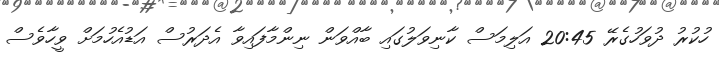
ހުކުރު ދުވަހުގެރޭ 20:45 އަލިމަސް ކާނިވަލުގައި ބާއްވަން ނިންމާފައިވާ އެދަރުސް އަޑުއެހުމަށް ވީހާވެސް